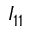
I _ { 1 1 }